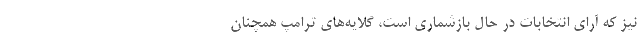
نیز که آرای انتخابات در حال بازشماری است، گلایه‌های ترامپ همچنان